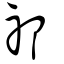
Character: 祁